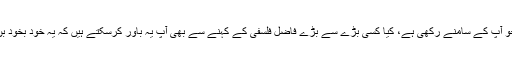
یہ کرسی جو آپ کے سامنے رکھی ہے، کیا کسی بڑے سے بڑے فاضل فلسفی کے کہنے سے بھی آپ یہ باور کرسکتے ہیں کہ یہ خود بخود بن گئی ہے؟